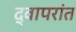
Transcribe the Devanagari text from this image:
द्वापरांत